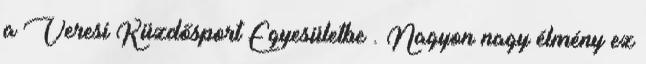
a Veresi Küzdősport Egyesületbe . Nagyon nagy élmény ez